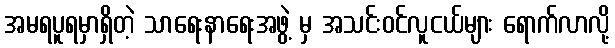
အမရပူရမှာရှိတဲ့ သာရေးနာရေးအဖွဲ့ မှ အသင်းဝင်လူငယ်များ ရောက်လာလို့